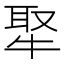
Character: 𤚉